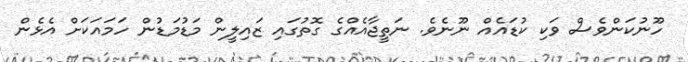
ހޫނުކަންވެސް ވަކި ކުޑައެއް ނޫނެވެ. ނަތީޖާއެއްގެ ގޮތުގައި ޒައިލީން މަޑުމަޑުން ހަމައަކަށް އެޅެން